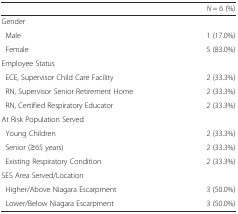
<table><thead><tr><td></td><td><b><i>N</i> = 6 (%)</b></td></tr></thead><tbody><tr><td>Gender</td><td></td></tr><tr><td> Male</td><td>1 (17.0%)</td></tr><tr><td> Female</td><td>5 (83.0%)</td></tr><tr><td colspan="2">Employee Status</td></tr><tr><td> ECE, Supervisor Child Care Facility</td><td>2 (33.3%)</td></tr><tr><td> RN, Supervisor Senior Retirement Home</td><td>2 (33.3%)</td></tr><tr><td> RN, Certified Respiratory Educator</td><td>2 (33.3%)</td></tr><tr><td colspan="2">At Risk Population Served</td></tr><tr><td> Young Children</td><td>2 (33.3%)</td></tr><tr><td> Senior (≥65 years)</td><td>2 (33.3%)</td></tr><tr><td> Existing Respiratory Condition</td><td>2 (33.3%)</td></tr><tr><td colspan="2">SES Area Served/Location</td></tr><tr><td> Higher/Above Niagara Escarpment</td><td>3 (50.0%)</td></tr><tr><td> Lower/Below Niagara Escarpment</td><td>3 (50.0%)</td></tr></tbody></table>